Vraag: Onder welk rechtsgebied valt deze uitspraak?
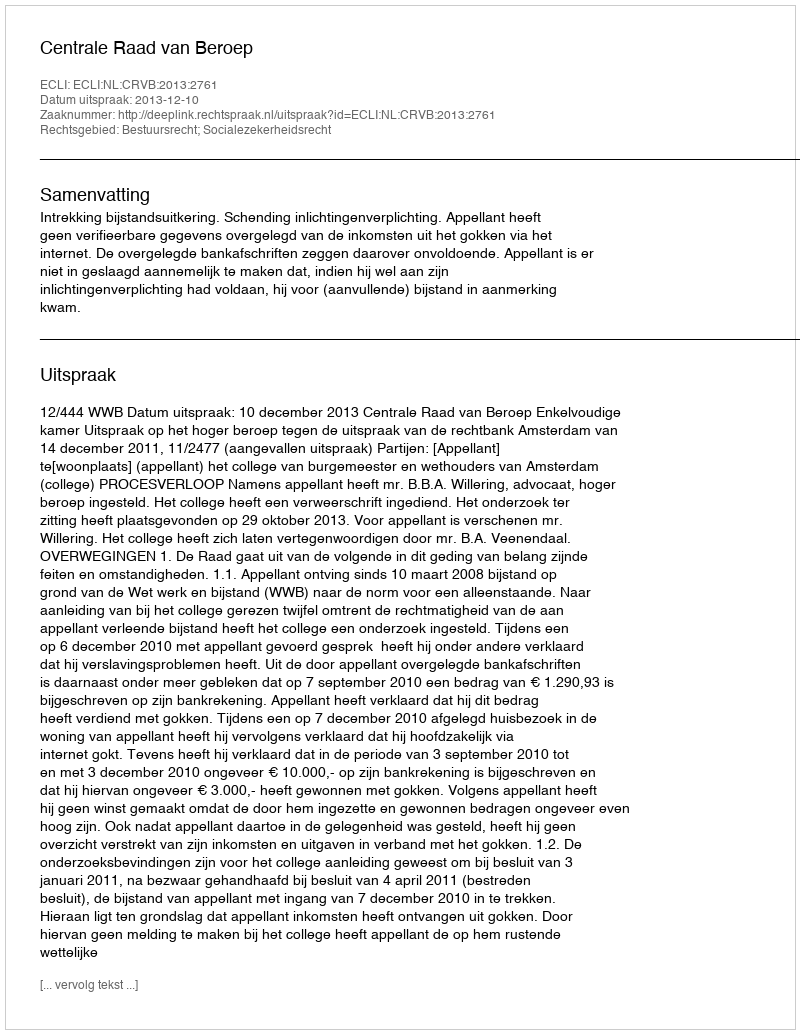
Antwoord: Bestuursrecht; Socialezekerheidsrecht